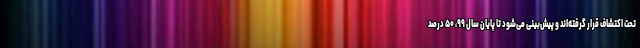
تحت اکتشاف قرار گرفته‌اند و پیش‌بینی می‌شود تا پایان سال ۹۹، ۵۰ درصد